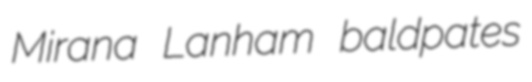
Mirana Lanham baldpates